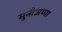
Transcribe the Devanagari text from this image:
मुनीअप्पा